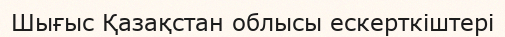
Шығыс Қазақстан облысы ескерткіштері